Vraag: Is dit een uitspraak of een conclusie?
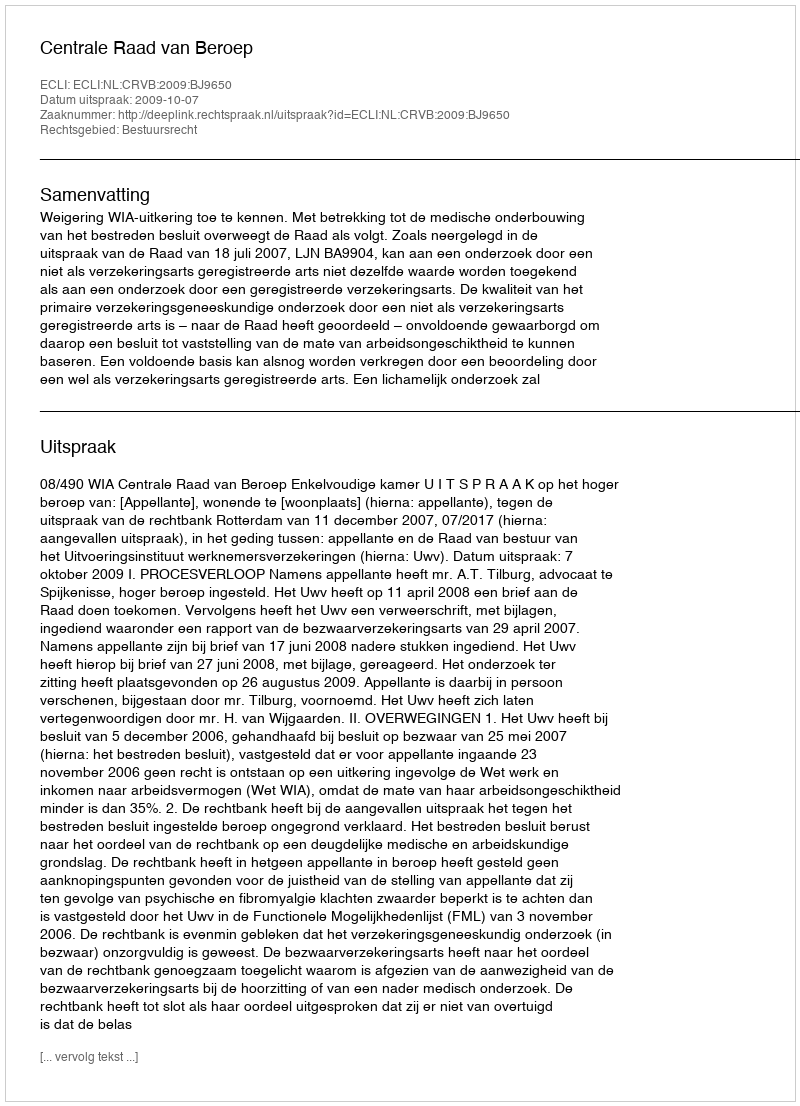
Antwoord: Uitspraak